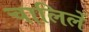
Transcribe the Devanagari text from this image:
चालिलें